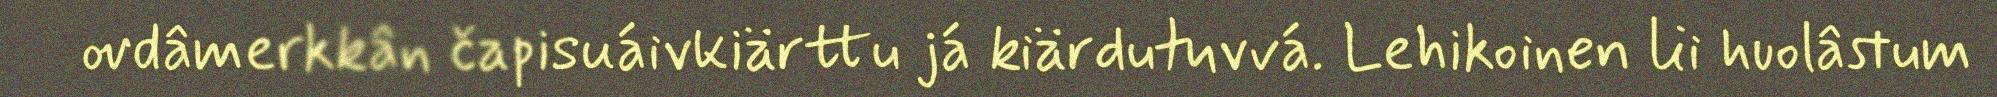
ovdâmerkkân čapisuáivkiärttu já kiärdutuvvá. Lehikoinen lii huolâstum